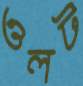
ওলট